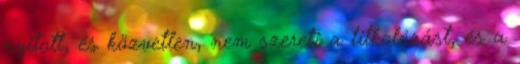
nyitott, és közvetlen, nem szereti a titkolózást, és a